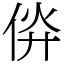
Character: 㑞